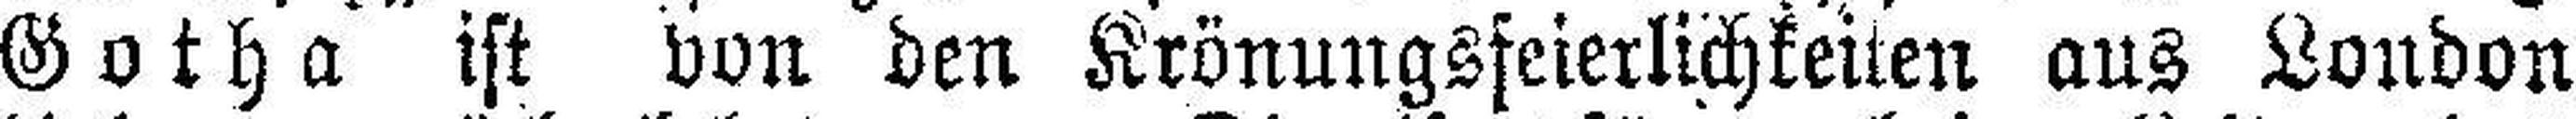
Gotha ist von den Krönungsfeierlichkeiten aus London